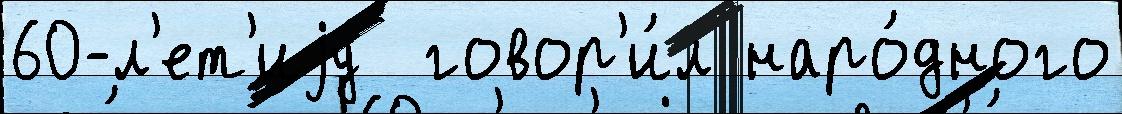
60-л'ет'иjу  говор'и́л наро́дного